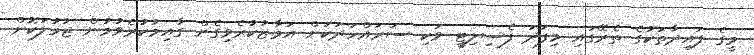
މީގެ ފައިދާތަކުގެ ތެރޭގައި މިފަދަ ފެސިލިޓީ ވަކި ސަރައްހަދަކަށް އަމާޒުކުރެވިގެން ގާއިމުކުރެވުމުން ޖުމުލަކޮށް